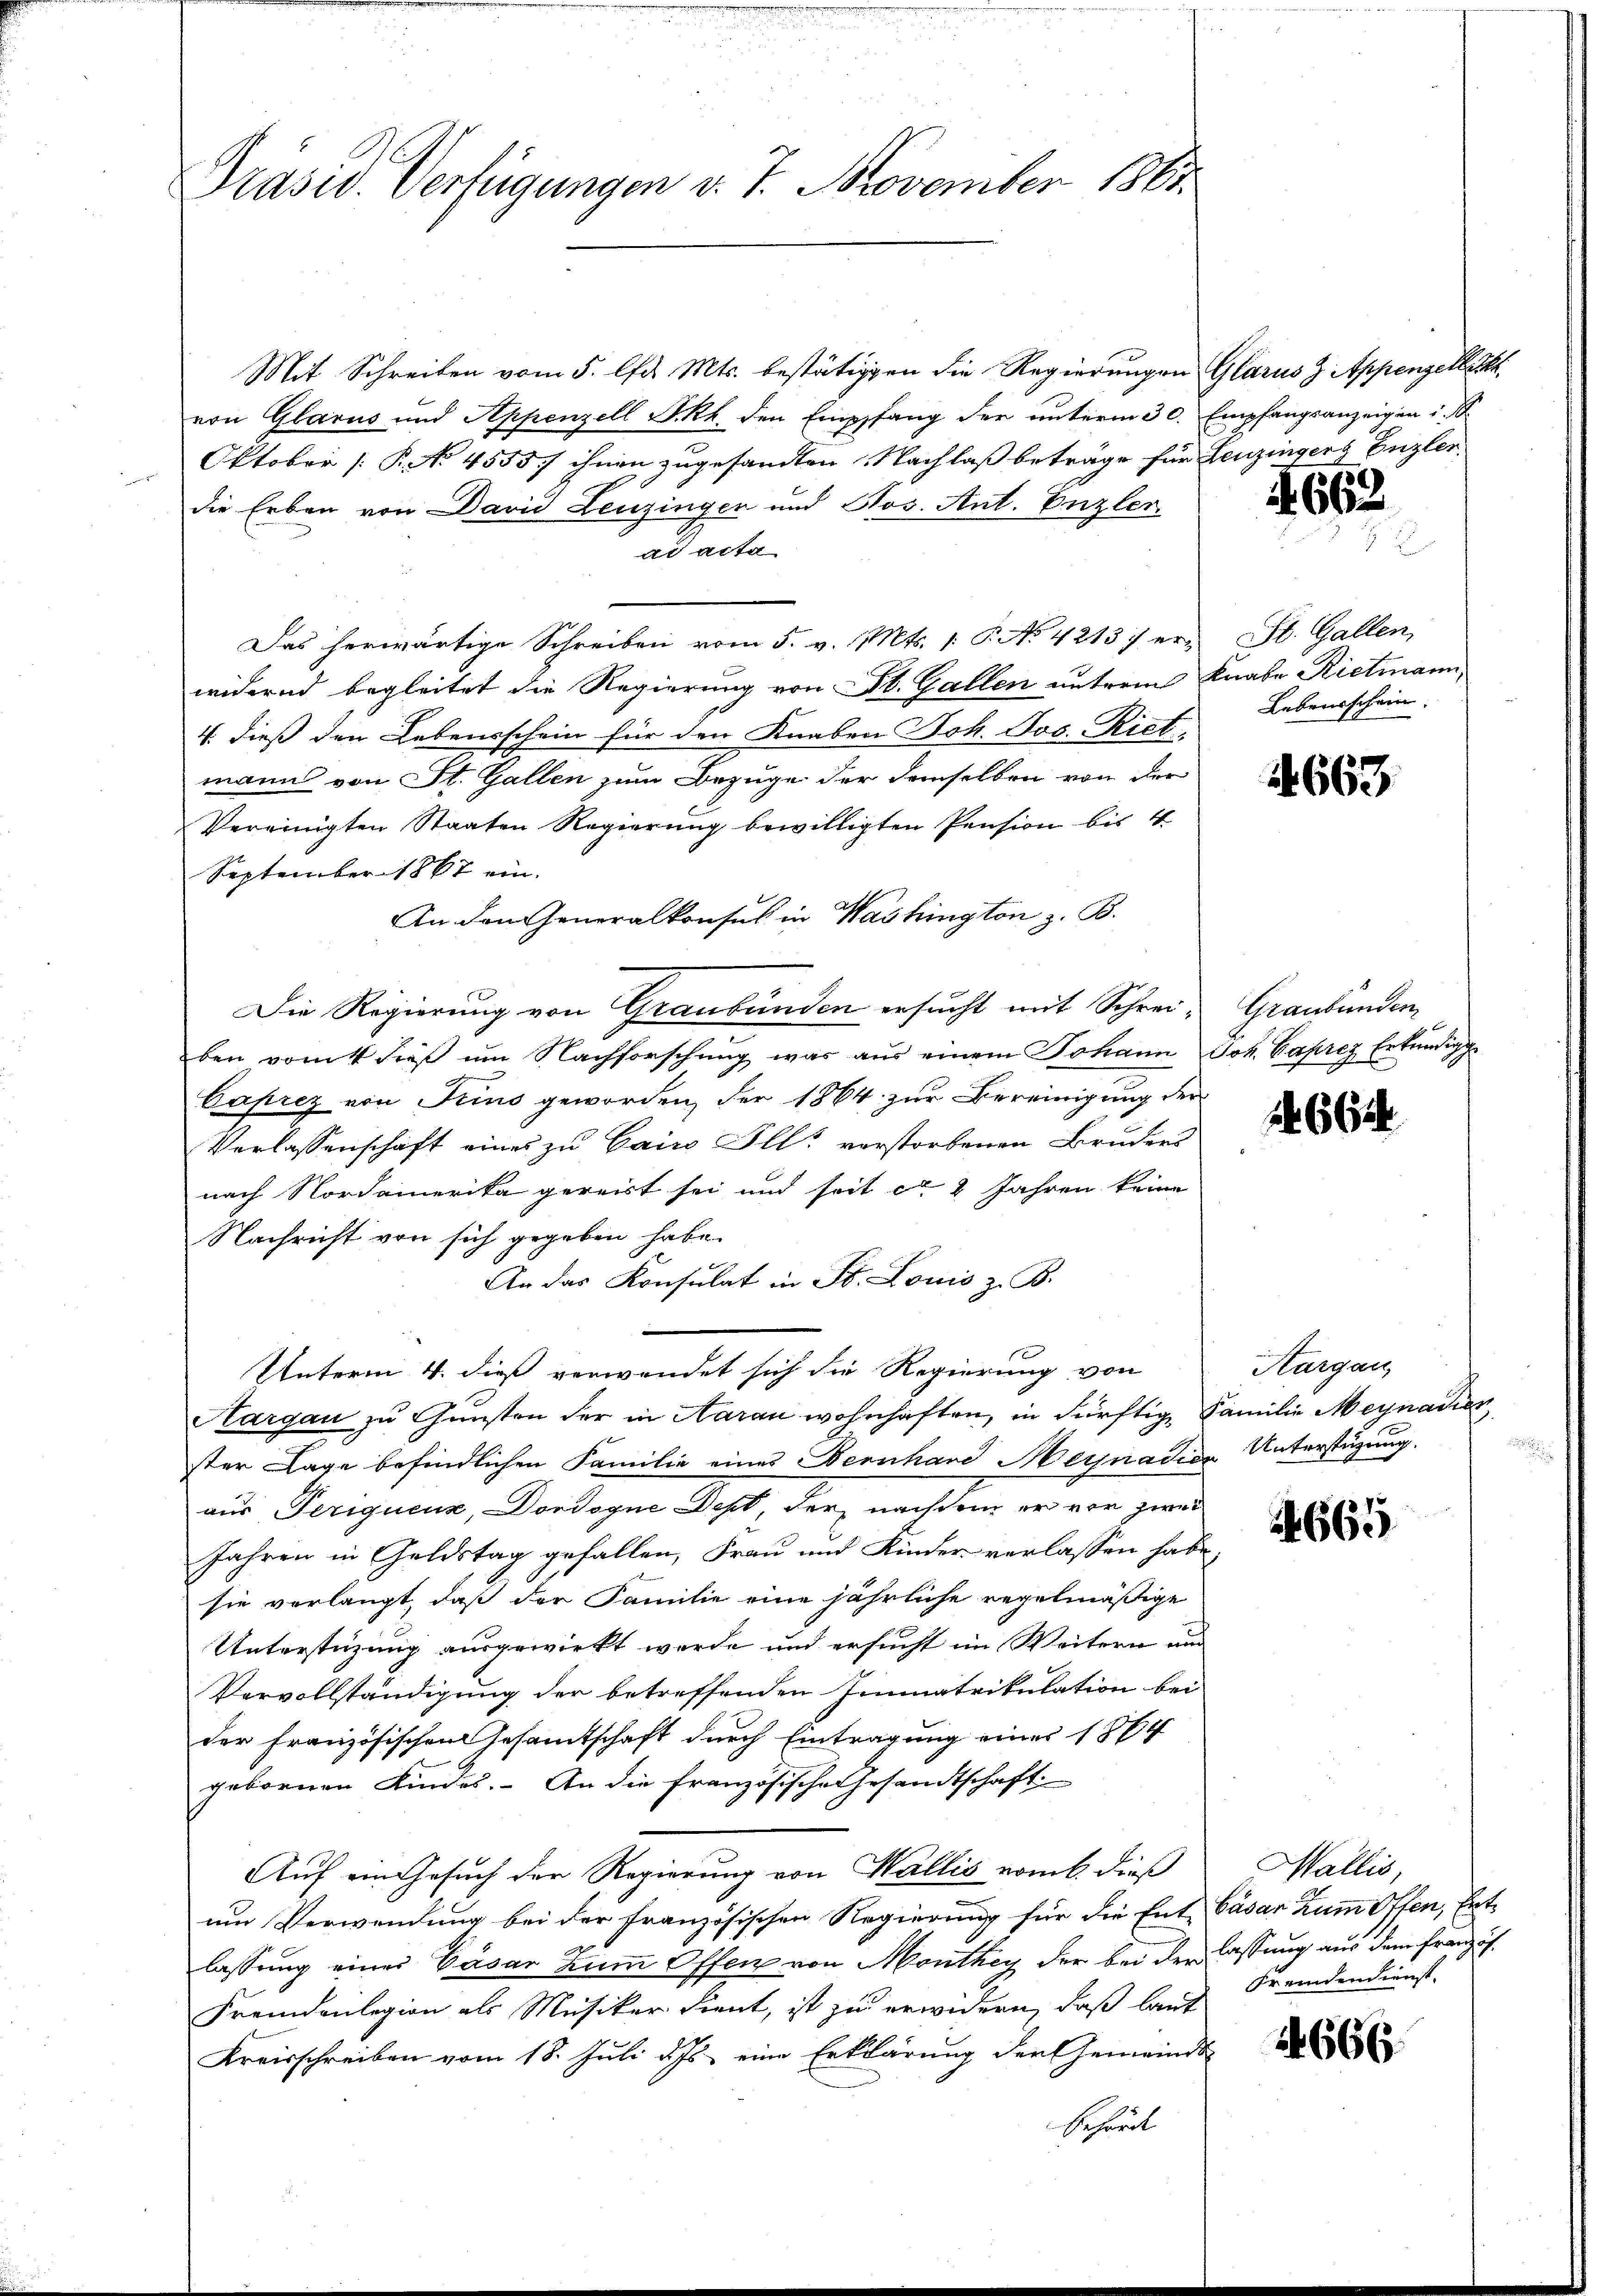
Präsid. Verfügungen v. 7. November 1863.

Mit Schreiben vom 5. d. Mts. bestätigten die Regierungen Glarus & Appenzellekt
von Glarus und Appenzell I.Rh. den Empfang der unterm 30. Empfangsanzeigen i.
Oktober [P. No 4555/ ihnen zugesandten Nachlaß beträge für Leuzingerz Enzler,
die Erben von David Leuzingen und Nos. Ant. Enzler.
ad acta
Das herwärtige Schreiben vom 5. v. Mts. (: P. No. 4213) er- St. Gallen,
widernd begleitet die Regierung von St. Gallen unterm Knabe Rietmann,
4. dieß den Lebensschein für den Knaben Joh. Jos. Riet,
mann von St. Gallen zum Bezuge der demselben von der
Vereinigten Staaten Regierung bewilligten Pension bis 4
September 1867 ein
An den Generalkonsus in Washington z. B.
Die Regierung von Graubünden ersucht mit Schreiben vom 4 dieß um Nachforschung was aus einem Johann Joh. Caprez Erkundigun
Caprez von Trins geworden, der 1864 zur Bereinigung der
Verlassenschaft eines zu Cairo Ill. verstorbenen Bruders
nach Nordamerika gereist sei und seit ca 2 Jahren keine
Nachricht von sich gegeben habe.
An das Konsulat in St. Louis z. B.
Unterm 4. dieß verwendet sich die Regierung von
Aargau zu Gunsten der in Aaran wohnhaften, in dürftige Familie Meynadier
ster Lage befindlichen Familie eines Bernhard Meynacior Unterstützung.
aus Periquenz, Dordogne Dest, der nachdem er vor zwei
Jahren in Geldstag gefallen, Frau und Kinder verlassen habe,
sie verlangt, daß der Familie eine jährliche regelmäßige
Unterstüzung ausgewirkt werde und ersucht im Weitern am
Vervollständigung der betreffenden Immatrikulation bei
der Französischen Gesamtschaft durch Eintragung einer 1864
gebornen Kindes. An die französische Gesandtschaft
Auf ein Gesuch der Regierung von Wallis nomb. dieß
um Verwendung bei der französischen Regierung für die Ent- Cäsar zum offen, Entlassung eines Cäsar zum Offen von Monthey der bei der lassung aus dem Französ.
Fremdenlegion als Musiker dient, ist zu erwidern, daß laut
Kreisschreiben vom 18. Juli d. Js. eine Erklärung der Gemeinds-
Behörde

662

Lebensschein.

4663

Graubünden

1664

Thurgau,

4665

Wallis,
Fremdendienst.

2666.